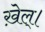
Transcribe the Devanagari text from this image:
ख़ेल्।